Report on vaccination in the Province of Bengal - 1869-1873
Year: 1869
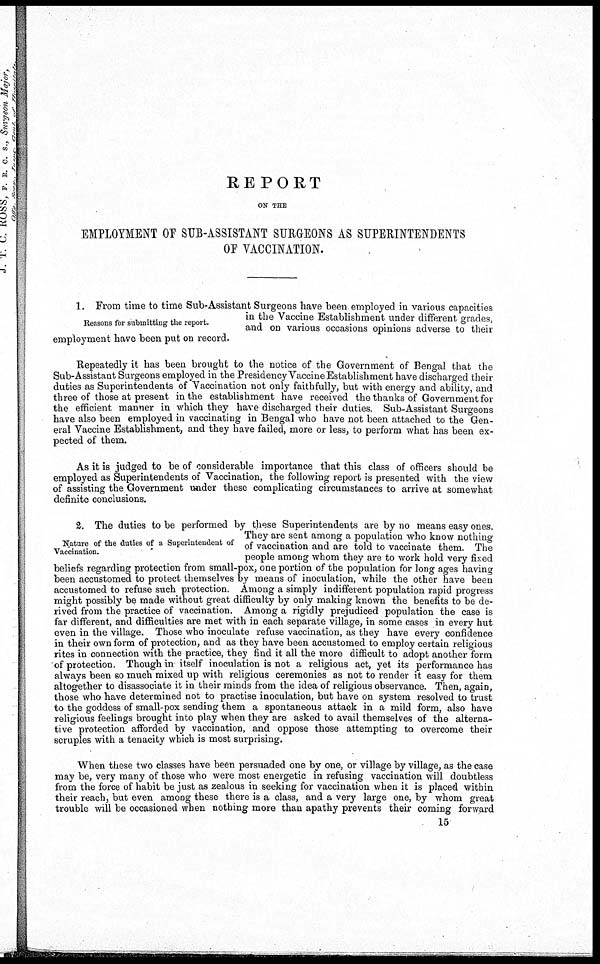
REPORT
ON THE
EMPLOYMENT OF SUB-ASSISTANT SURGEONS AS SUPERINTENDENTS
OF VACCINATION.
Reasons for submitting the report.
1. From time to time Sub-Assistant Surgeons have been employed in various capacities
in the Vaccine Establishment under different grades,
and on various occasions opinions adverse to their
employment have been put on record.
Repeatedly it has been brought to the notice of the Government of Bengal that the
Sub-Assistant Surgeons employed in the Presidency Vaccine Establishment have discharged their
duties as Superintendents of Vaccination not only faithfully, but with energy and ability, and
three of those at present in the establishment have received the thanks of Government for
the efficient manner in which they have discharged their duties. Sub-Assistant Surgeons
have also been employed in vaccinating in Bengal who have not been attached to the Gen-
eral Vaccine Establishment, and they have failed, more or less, to perform what has been ex-
pected of them.
As it is judged to be of considerable importance that this class of officers should be
employed as Superintendents of Vaccination, the following report is presented with the view
of assisting the Government under these complicating circumstances to arrive at somewhat
definite conclusions.
Nature of the duties of a Superintendent of
Vaccination.
2. The duties to be performed by these Superintendents are by no means easy ones.
They are sent among a population who know nothing
of vaccination and are told to vaccinate them. The
people among whom they are to work hold very fixed
beliefs regarding protection from small-pox, one portion of the population for long ages having
been accustomed to protect themselves by means of inoculation, while the other have been
accustomed to refuse such protection. Among a simply indifferent population rapid progress
might possibly be made without great difficulty by only making known the benefits to be de-
rived from the practice of vaccination. Among a rigidly prejudiced population the case is
far different, and difficulties are met with in each separate village, in some cases in every hut
even in the village. Those who inoculate refuse vaccination, as they have every confidence
in their own form of protection, and as they have been accustomed to employ certain religious
rites in connection with the practice, they find it all the more difficult to adopt another form
of protection. Though in itself inoculation is not a religious act, yet its performance has
always been so much mixed up with religious ceremonies as not to render it easy for them
altogether to disassociate it in their minds from the idea of religious observance. Then, again,
those who have determined not to practise inoculation, but have on system resolved to trust
to the goddess of small-pox sending them a spontaneous attack in a mild form, also have
religious feelings brought into play when they are asked to avail themselves of the alterna-
tive protection afforded by vaccination, and oppose those attempting to overcome their
scruples with a tenacity which is most surprising.
When these two classes have been persuaded one by one, or village by village, as the case
may be, very many of those who were most energetic in refusing vaccination will doubtless
from the force of habit be just as zealous in seeking for vaccination when it is placed within
their reach, but even among these there is a class, and a very large one, by whom great
trouble will be occasioned when nothing more than apathy prevents their coming forward
15